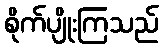
စိုက်ပျိုးကြသည်